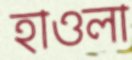
হাওলা